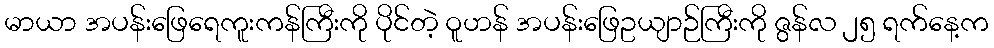
မာယာ အပန်းဖြေရေကူးကန်ကြီးကို ပိုင်တဲ့ ဝူဟန် အပန်းဖြေဥယျာဉ်ကြီးကို ဇွန်လ ၂၅ ရက်နေ့က